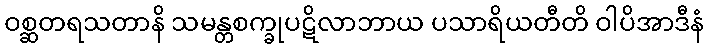
ဝစ္ဆတရသတာနိ သမန္တစက္ခုပဋိလာဘာယ ပသာရိယတီတိ ဝါပိအာဒီနံ